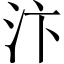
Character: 汴